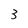
Character: 3